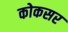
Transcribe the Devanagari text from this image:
कोकसर